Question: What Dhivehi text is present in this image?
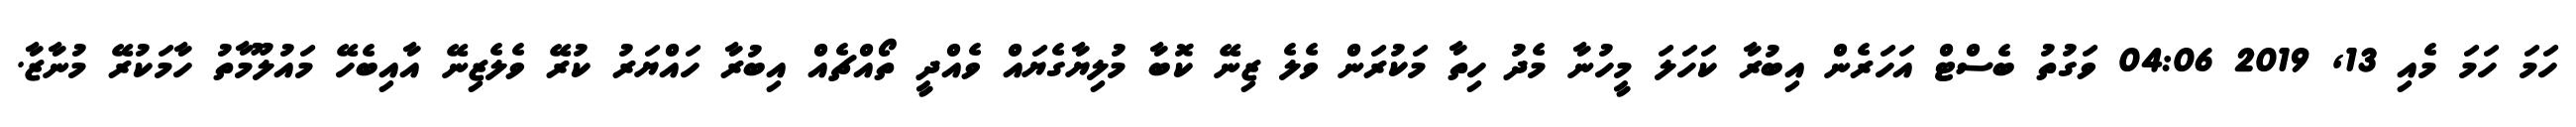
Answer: ހަމަ ހަމަ މެއި 13, 2019 04:06 ވަގުތު ބެސްޓް އަހަރެން އިބުރާ ކަހަލަ މީހުނާ މެދު ހިތާ މަކުރަން ވެލެ ޒިނޭ ކޮބާ މުލިޔާގެޔައް ވެއްދީ ތޯއްޗެއް އިބުރާ ހައްޔަރު ކުރޭ ވެލެޒިނޭ އާއިބެހޭ މައުލޫމާތު ހާމަކުރޭ މުނާޒާ.